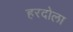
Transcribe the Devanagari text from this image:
हरदोला